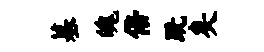
墓魄倍跣矣